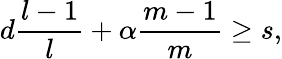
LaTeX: d\frac{l-1}{l}+\alpha\frac{m-1}{m}\geq s,